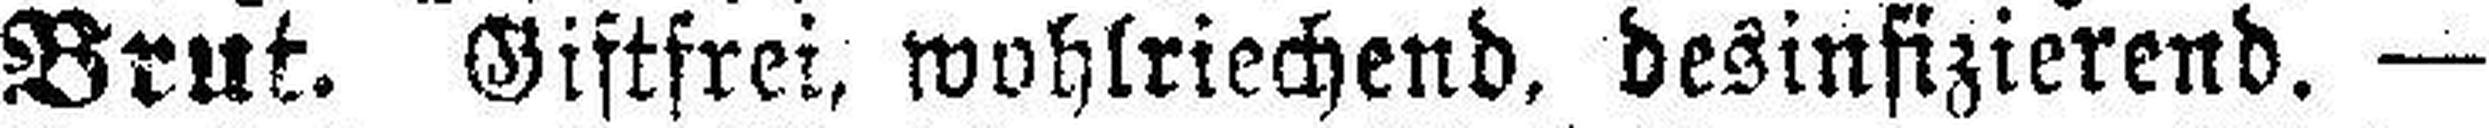
Brut. Giftfrei, wohlriechend, desinfizierend. —